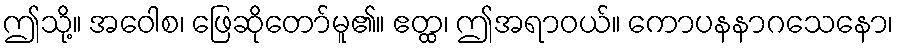
ဤသို့။ အဝေါစ၊ ဖြေဆိုတော်မူ၏။ ဧတ္ထ၊ ဤအရာဝယ်။ ကောပနနာဂသေနော၊